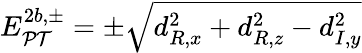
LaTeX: E_{\mathcal{PT}}^{2b,\pm}=\pm\sqrt{d_{R,x}^{2}+d_{R,z}^{2}-d_{I,y}^{2}}